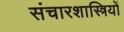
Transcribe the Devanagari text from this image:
संचारशास्त्रियों